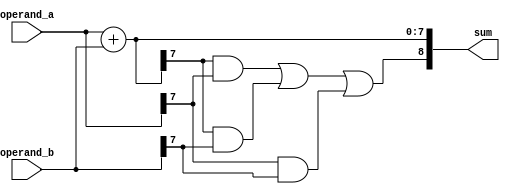
module manchester_carry_chain_adder (
    input wire [7:0] operand_a,
    input wire [7:0] operand_b,
    output wire [8:0] sum
);

    wire [7:0] internal_sum;
    wire [8:0] carry;

    assign {carry[0], internal_sum} = operand_a + operand_b;

    assign carry[1] = internal_sum[7] & operand_a[7] | internal_sum[7] & operand_b[7] | operand_a[7] & operand_b[7];

    assign sum = {carry[1], internal_sum};

endmodule